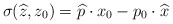
\begin{align*}\sigma(\widehat{z},z_{0})=\widehat{p}\cdot x_{0}-p_{0}\cdot\widehat{x}\end{align*}